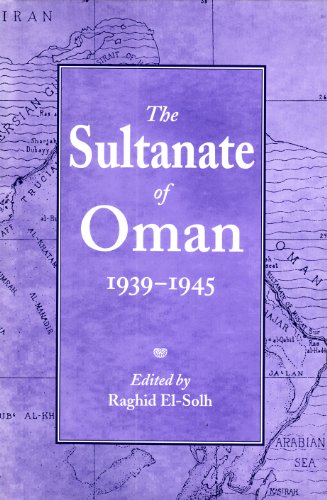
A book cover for The Sultanate of Oman 1939-1945; Raghid El-Sohl; History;